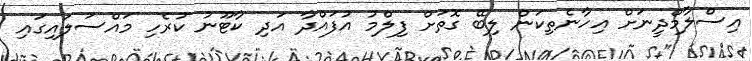
އިސްލާމްދީނަށް އިހާނެތިކަން ލިބޭ ގޮތަށް ފިލްމު އުފައްދާ އަދި ކާޓޫނު ކުރެހި މައްސަލައިގައި